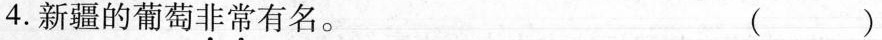
4.新疆的葡萄非常有名。（）